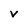
Character: v